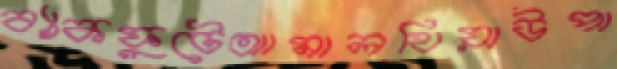
ব্যাকফুটেআমালথিয়াউপা